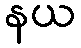
နယ